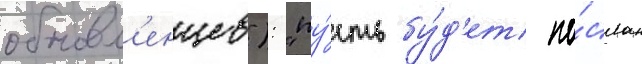
обновл'енцев): "пу́сть бу́д'ет по́слан